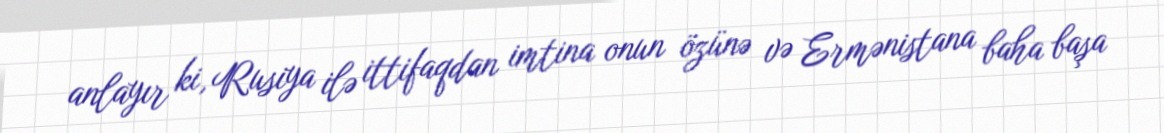
anlayır ki, Rusiya ilə ittifaqdan imtina onun özünə və Ermənistana baha başa